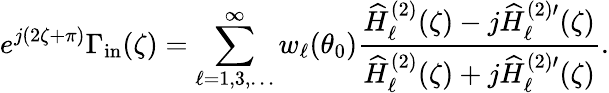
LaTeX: e^{j(2\zeta+\pi)}\Gamma_{\mathrm{in}}(\zeta)=\sum_{\ell=1,3,\ldots}^{\infty}w_{\ell}(\theta_{0})\frac{\widehat{H}_{\ell}^{(2)}(\zeta)-j\widehat{H}_{\ell}^{(2)\prime}(\zeta)}{\widehat{H}_{\ell}^{(2)}(\zeta)+j\widehat{H}_{\ell}^{(2)\prime}(\zeta)}.